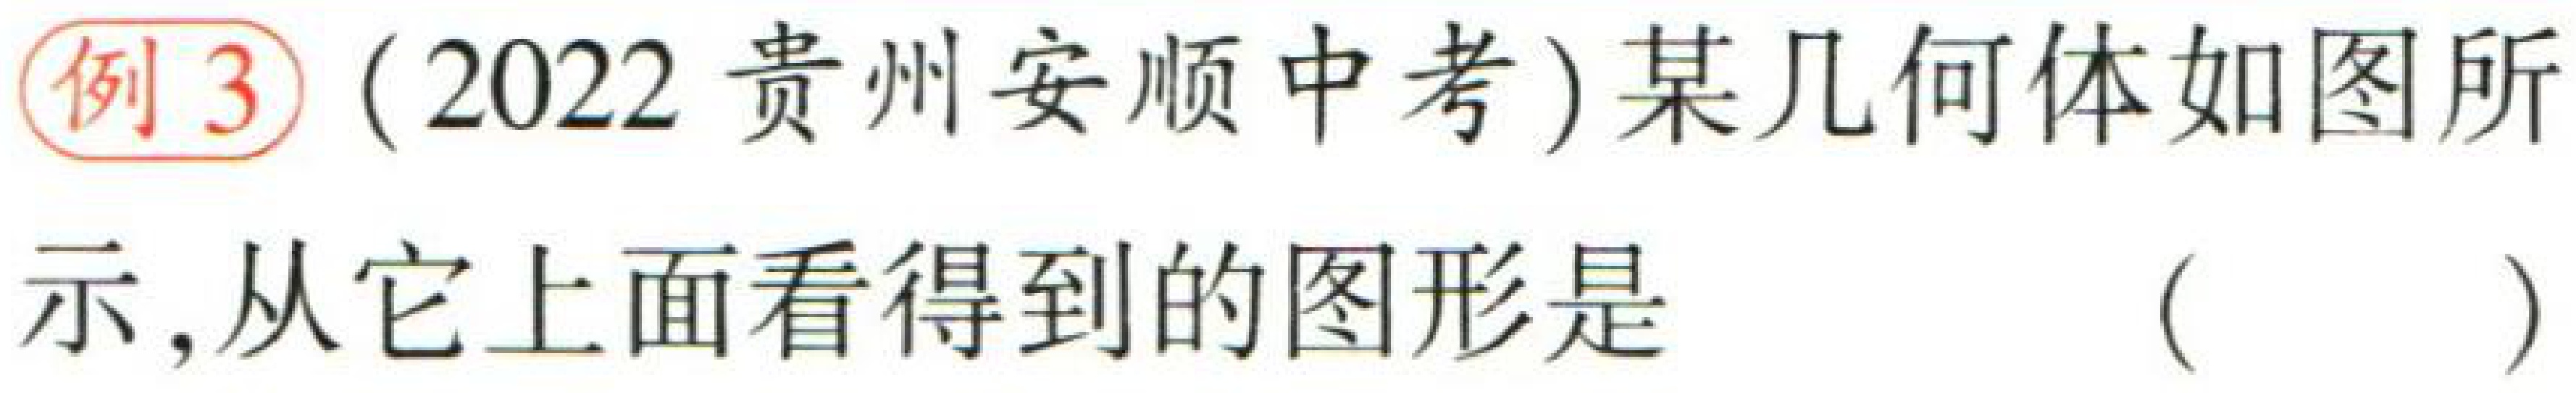
例3（2022 贵州安顺中考）某几何体如图所示，从它上面看得到的图形是（  ）